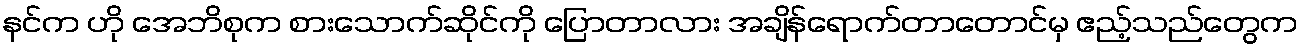
နင်က ဟို အေဘိစုက စားသောက်ဆိုင်ကို ပြောတာလား အချိန်ရောက်တာတောင်မှ ဧည့်သည်တွေက